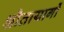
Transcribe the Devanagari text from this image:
श्रौतायागों